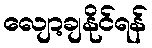
လျော့ချနိုင်ရန်